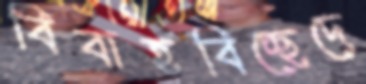
বিবাহবিচ্ছেদে